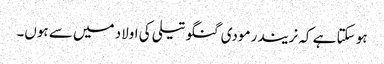
ہو سکتا ہے کہ نریندر مودی گنگو تیلی کی اولاد میں سے ہوں۔